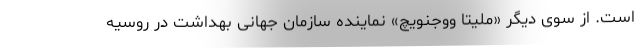
است. از سوی دیگر «ملیتا ووجنویچ» نماینده سازمان جهانی بهداشت در روسیه